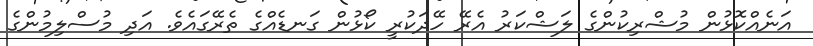
އަނެއްކޮޅުން މުޝްރިކުންގެ ލަޝްކަރު އެރޭ ހޭދަކުރީ ކޯޅުން ގަނޑެއްގެ ތެރޭގައެވެ. އަދި މުސްލިމުންގެ